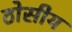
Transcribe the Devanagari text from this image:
ठोसीय